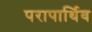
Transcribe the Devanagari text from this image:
परापार्थिव